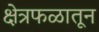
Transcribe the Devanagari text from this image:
क्षेत्रफळातून